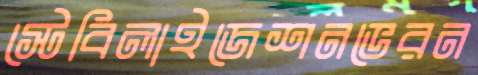
স্টেবিলাইজেশনভেরন